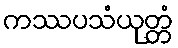
ကဿပသံယုတ္တံ